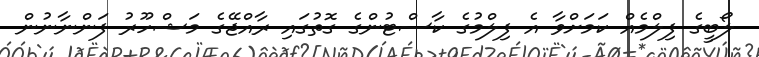
ލޯބީގެ ފިލްމެއް ކަމަށްވާ އެ ފިލްމުގެ ކާސްޓުންގެ ގޮތުގައި ރާއްޖޭގެ މަޝްހޫރު ފަންނާނުން